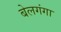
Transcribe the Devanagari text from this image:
बेलगंगा